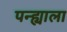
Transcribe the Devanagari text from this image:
पन्ह्याला